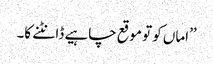
’’اماں کو تو موقع چاہیے ڈانٹنے کا۔